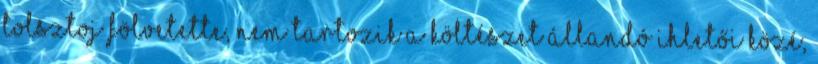
Tolsztoj fölvetette, nem tartozik a költészet állandó ihletői közé,